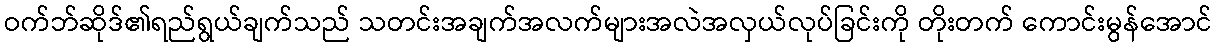
ဝက်ဘ်ဆိုဒ်၏ရည်ရွယ်ချက်သည် သတင်းအချက်အလက်များအလဲအလှယ်လုပ်ခြင်းကို တိုးတက် ကောင်းမွန်အောင်